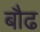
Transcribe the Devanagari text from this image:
बौढ